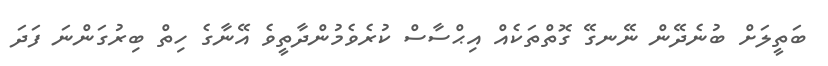
ބަތީލަށް ބުނެދޭން ނޭނގޭ ގޮތްތަކެއް އިޙްސާސް ކުރެވެމުންދާތީވެ އޭނާގެ ހިތް ބިރުގަންނަ ފަދަ